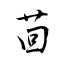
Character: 茴